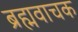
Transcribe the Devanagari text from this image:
ब्रह्मवाचक